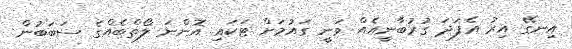
އިނގޭ އިރު އެފަދަ ގުރުބާނީއެއް ވަނީ ގައުމަށް ޓަކައި އޮންނަ ލޯތްބެއްގެ ސަބަބުން